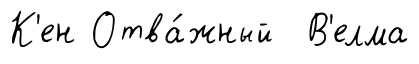
К'ен Отва́жный В'елма